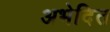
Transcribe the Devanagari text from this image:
अभेदित